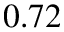
0 . 7 2